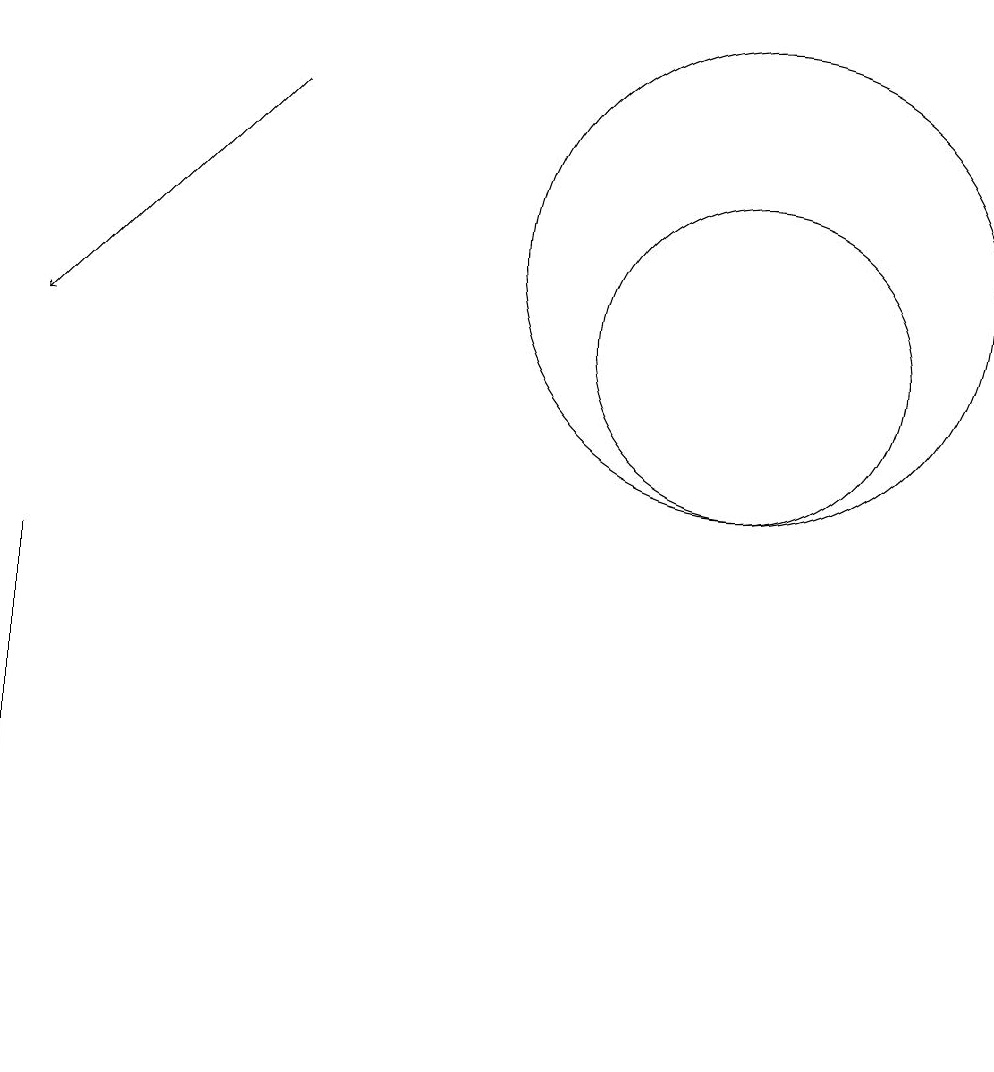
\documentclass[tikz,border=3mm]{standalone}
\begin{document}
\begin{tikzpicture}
\draw (3,1) -- (3,7) -- (3,4) -- cycle;
\draw (12,10) circle (2);
\draw (12,11) circle (3);
\draw[->] (6,13) -- (3,10);
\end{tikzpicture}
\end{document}